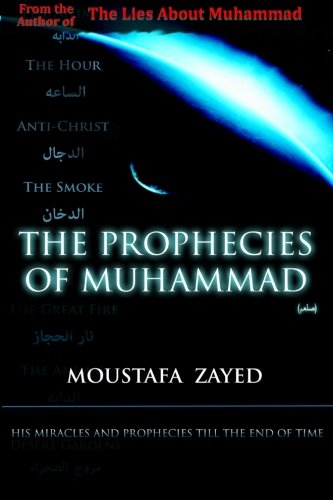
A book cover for The Prophecies of Muhammad; Moustafa Zayed; Religion & Spirituality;